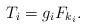
LaTeX: \begin{align*}T_i=g_iF_{k_i}.\end{align*}